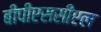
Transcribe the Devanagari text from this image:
बीपीएससीएल